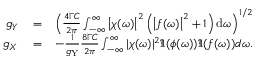
\begin{array} { r l r } { g _ { Y } } & { { } = } & { \left( \frac { 4 \Gamma C } { 2 \pi } \int _ { - \infty } ^ { \infty } \left| \chi ( \omega ) \right| ^ { 2 } \left( \left| f ( \omega ) \right| ^ { 2 } + 1 \right) \mathrm { d } \omega \right) ^ { 1 / 2 } } \\ { g _ { X } } & { { } = } & { - \frac { 1 } { g _ { \mathrm { Y } } } \frac { 8 \Gamma C } { 2 \pi } \int _ { - \infty } ^ { \infty } | \chi ( \omega ) | ^ { 2 } \Im { ( \phi ( \omega ) ) \Im { ( f ( \omega ) ) } } d \omega . } \end{array}